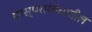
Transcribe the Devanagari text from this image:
परस्परसंबंधातील